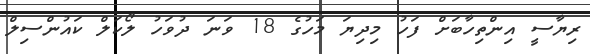
ރިޔާސީ އިންތިހާބަށް ފަހު މިދިޔަ މަހުގެ 18 ވަނަ ދުވަހު ލޯކަލް ކައުންސިލް